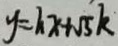
y = h x + \sqrt { 5 } k